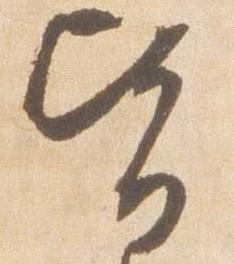
皆